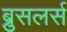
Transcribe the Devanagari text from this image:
ब्रुसलर्स